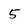
Character: 5